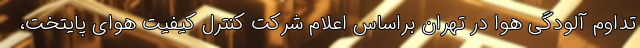
تداوم آلودگی هوا در تهران براساس اعلام شرکت کنترل کیفیت هوای پایتخت،